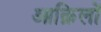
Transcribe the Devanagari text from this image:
आक़िलों